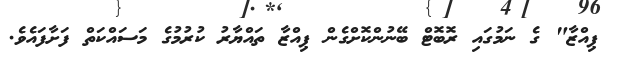
ޕިއްޒާ" ގެ ނަމުގައި ރޮބޮޓް ބޭނުންކޮށްގެން ޕިއްޒާ ތައްޔާރު ކުރުމުގެ މަސައްކަތް ފަށާފައެވެ.